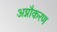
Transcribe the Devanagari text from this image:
अग्नौकरण